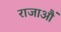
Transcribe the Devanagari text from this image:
राजाऔं